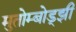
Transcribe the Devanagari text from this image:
मुतोम्बोड्झी